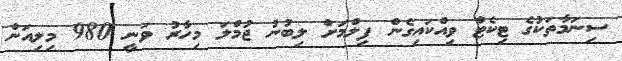
ސިނަމާތަކުގެ ޓިކެޓް ވިއްކައިގެން ފިލްމަށް ލިބުނު ޖުމްލަ މިހާރު ވަނީ 980 މިލިއަން